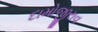
દામોજીરાવ